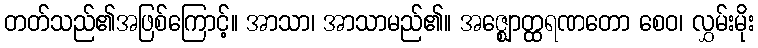
တတ်သည်၏အဖြစ်ကြောင့်။ အာသာ၊ အာသာမည်၏။ အဇ္ဈောတ္ထရဏတော စေဝ၊ လွှမ်းမိုး